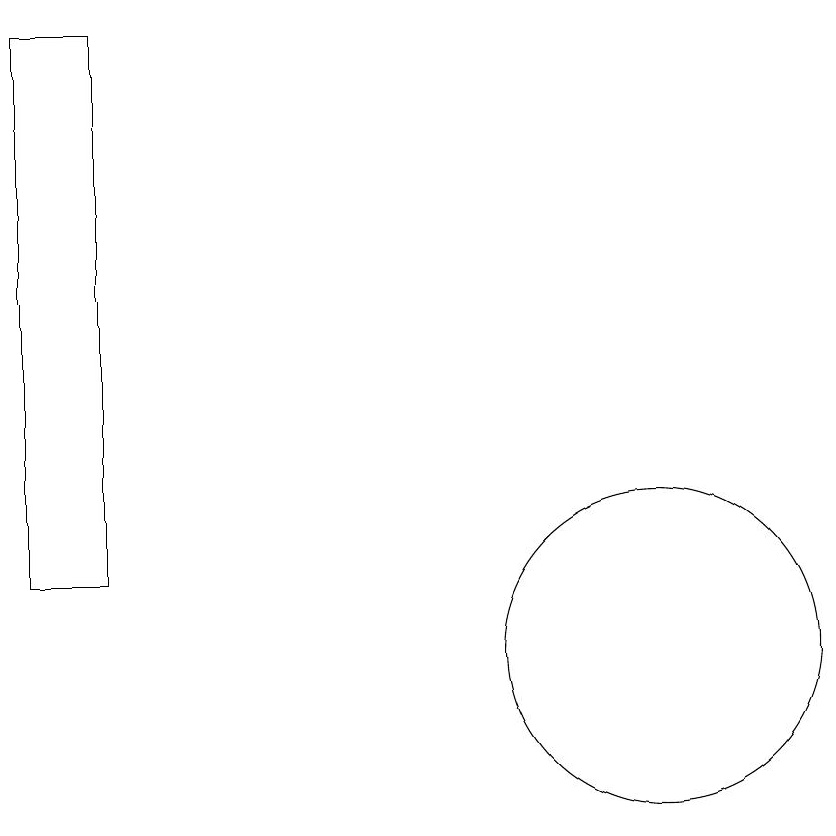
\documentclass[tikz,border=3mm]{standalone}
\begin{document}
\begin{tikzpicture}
\draw (11,10) circle (2);
\draw (4,18) rectangle (4,16);
\draw (4,11) rectangle (3,18);
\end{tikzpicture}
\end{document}